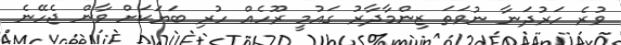
ވުރެ ހަރުދަނާ ނުވަތަ ޒިންމާދާރު ގައުމީ ރޫހެއް ހުރި ބަޔަކަށް ވާން ޖެހޭނެ